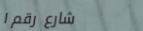
شارع رقم ١